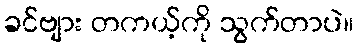
ခင်ဗျား တကယ့်ကို သွက်တာပဲ။